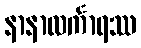
နာနာလင်္ကာရဿ